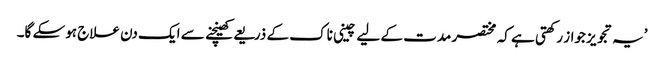
’یہ تجویز جواز رکھتی ہے کہ مختصر مدت کے لیے چینی ناک کے ذریعے کھینچنے سے ایک دن علاج ہوسکے گا۔